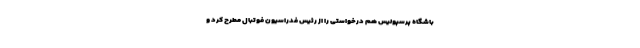
باشگاه پرسپولیس هم درخواستی را از رئیس فدراسیون فوتبال مطرح کرد و